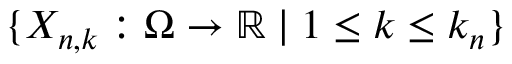
\{ X _ { n , k } : \Omega \to \mathbb { R } \mid 1 \leq k \leq k _ { n } \}